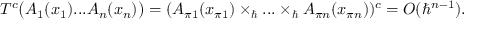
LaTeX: T ^ { c } \bigl ( A _ { 1 } ( x _ { 1 } ) . . . A _ { n } ( x _ { n } ) \bigr ) = ( A _ { \pi 1 } ( x _ { \pi 1 } ) \times _ { \hbar } . . . \times _ { \hbar } A _ { \pi n } ( x _ { \pi n } ) ) ^ { c } = { \cal O } ( \hbar ^ { n - 1 } ) .